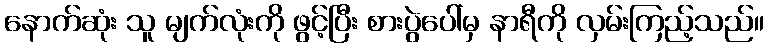
နောက်ဆုံး သူ မျက်လုံးကို ဖွင့်ပြီး စားပွဲပေါ်မှ နာရီကို လှမ်းကြည့်သည်။